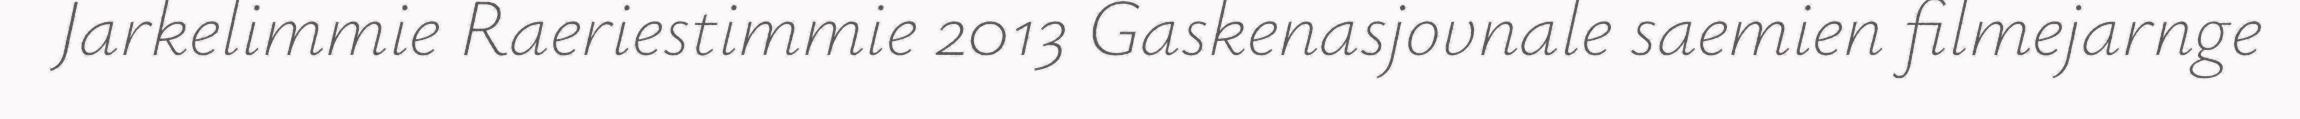
Jarkelimmie Raeriestimmie 2013 Gaskenasjovnale saemien filmejarnge